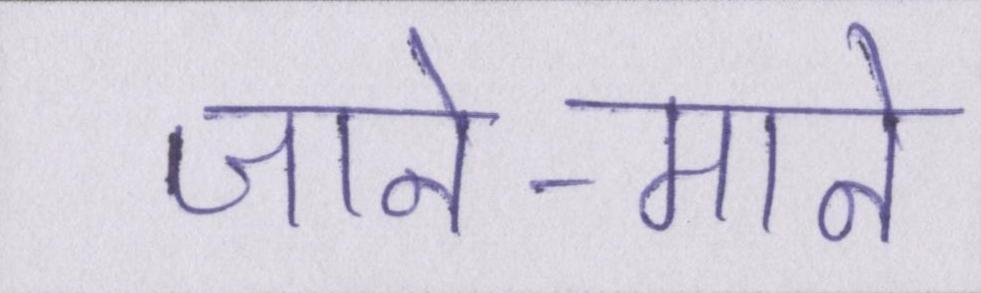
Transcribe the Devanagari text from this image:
जाने-माने